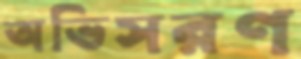
অভিসরণ